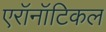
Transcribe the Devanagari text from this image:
एरॉनॉटिकल